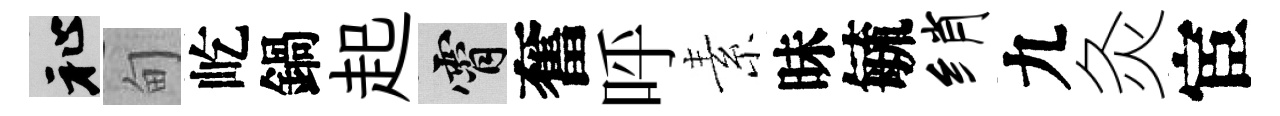
祉甸屹鍋起霄奮呼素昧毓绡九灸宦